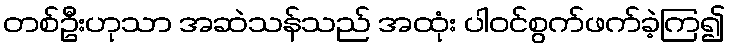
တစ်ဦးဟုသာ အဆဲသန်သည် အထုံး ပါဝင်စွက်ဖက်ခဲ့ကြ၍